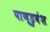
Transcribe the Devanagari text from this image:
पाण्डुवंश